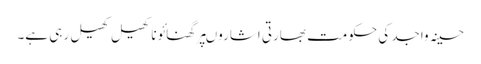
حسینہ واجد کی حکومت بھارتی اشاروںپرگھنائوناکھیل کھیل رہی ہے۔